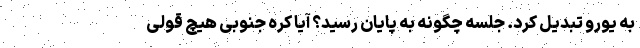
به یورو تبدیل کرد. جلسه چگونه به پایان رسید؟ آیا کره جنوبی هیچ قولی